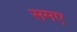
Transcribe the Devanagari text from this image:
समए